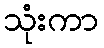
သုံးကာ